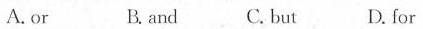
A. or B.and C. but D. for